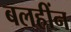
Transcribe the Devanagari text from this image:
बलहींन